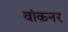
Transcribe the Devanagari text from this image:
वांकनर